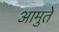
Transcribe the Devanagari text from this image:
आमुते